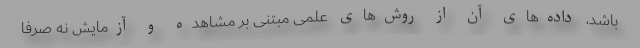
باشد، داده‌های آن از روش‌های علمی مبتنی بر مشاهده و آزمایش نه صرفا